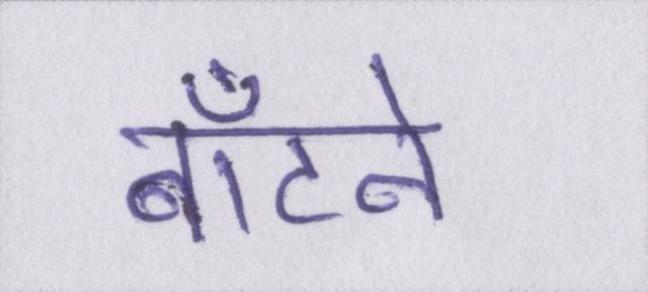
बाँटने